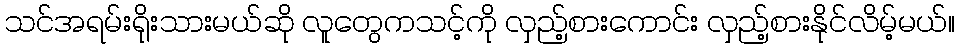
သင်အရမ်းရိုးသားမယ်ဆို လူတွေကသင့်ကို လှည့်စားကောင်း လှည့်စားနိုင်လိမ့်မယ်။